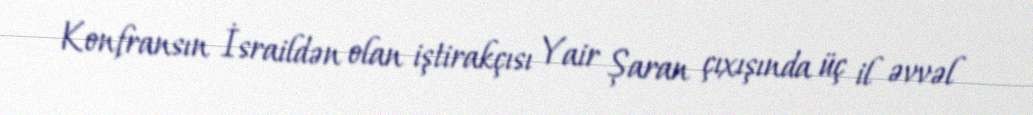
Konfransın İsraildən olan iştirakçısı Yair Şaran çıxışında üç il əvvəl